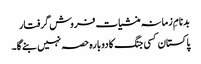
بدنامِ زمانہ منشیات فروش گرفتار
پاکستان کسی جنگ کا دوبارہ حصہ نہیں بنے گا۔